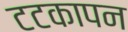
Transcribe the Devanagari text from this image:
टटकापन